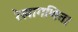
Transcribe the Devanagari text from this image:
रेखागणित।